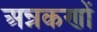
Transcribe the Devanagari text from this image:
अन्नकणों